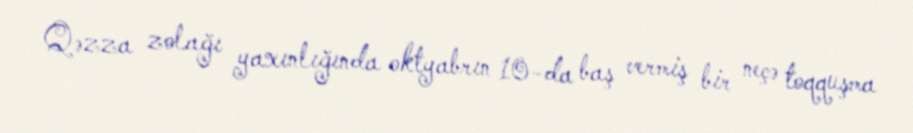
Qəzza zolağı yaxınlığında oktyabrın 10-da baş vermiş bir neçə toqquşma